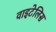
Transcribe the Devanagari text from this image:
वाइटेलिस